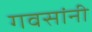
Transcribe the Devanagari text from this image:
गवसांनी